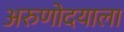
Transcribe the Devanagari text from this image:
अरुणोदयाला